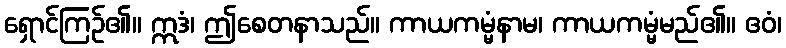
ရှောင်ကြဉ်၏။ ဣဒံ၊ ဤစေတနာသည်။ ကာယကမ္မံနာမ၊ ကာယကမ္မံမည်၏။ ဧဝံ၊